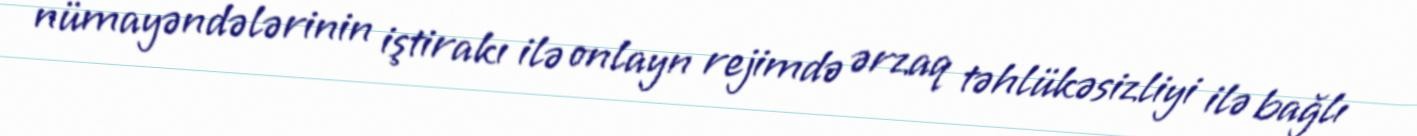
nümayəndələrinin iştirakı ilə onlayn rejimdə ərzaq təhlükəsizliyi ilə bağlı